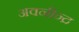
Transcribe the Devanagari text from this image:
अवनीन्द्र